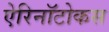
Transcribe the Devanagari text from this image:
ऐरिनॉटोकस